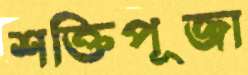
শক্তিপূজা